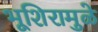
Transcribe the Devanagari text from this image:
भूशिरामुळे